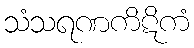
သံသရဏကိဋိကံ